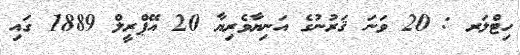
ހިޓްލަރ : 20 ވަނަ ޤަރުނުގެ އަނިޔާވެރިޔާ 20 އޭޕްރީލް 1889 ގައި